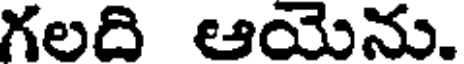
గలది ఆయెను.